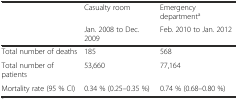
<table><thead><tr><td></td><td><b>Casualty room</b></td><td><b>Emergency department<sup>a</sup></b></td></tr><tr><td></td><td><b>Jan. 2008 to Dec. 2009</b></td><td><b>Feb. 2010 to Jan. 2012</b></td></tr></thead><tbody><tr><td>Total number of deaths</td><td>185</td><td>568</td></tr><tr><td>Total number of patients</td><td>53,660</td><td>77,164</td></tr><tr><td>Mortality rate (95 % CI)</td><td>0.34 % (0.25–0.35 %)</td><td>0.74 % (0.68–0.80 %)</td></tr></tbody></table>